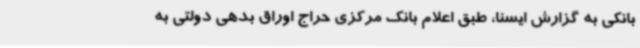
بانکی به گزارش ایسنا، طبق اعلام بانک مرکزی حراج اوراق بدهی دولتی به